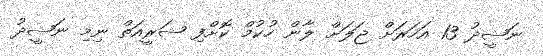
ނަޝީދު 13 އަހަރަށް ޖަލަށް ލާން ހުކުމް ކޮށްފި ޝަރީއަތް ނިމި ނަޝީދު